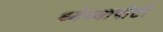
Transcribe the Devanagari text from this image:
ध्‍येय्यापोटी